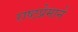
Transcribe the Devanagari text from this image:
राष्टप्रेमाने